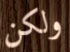
ولكن